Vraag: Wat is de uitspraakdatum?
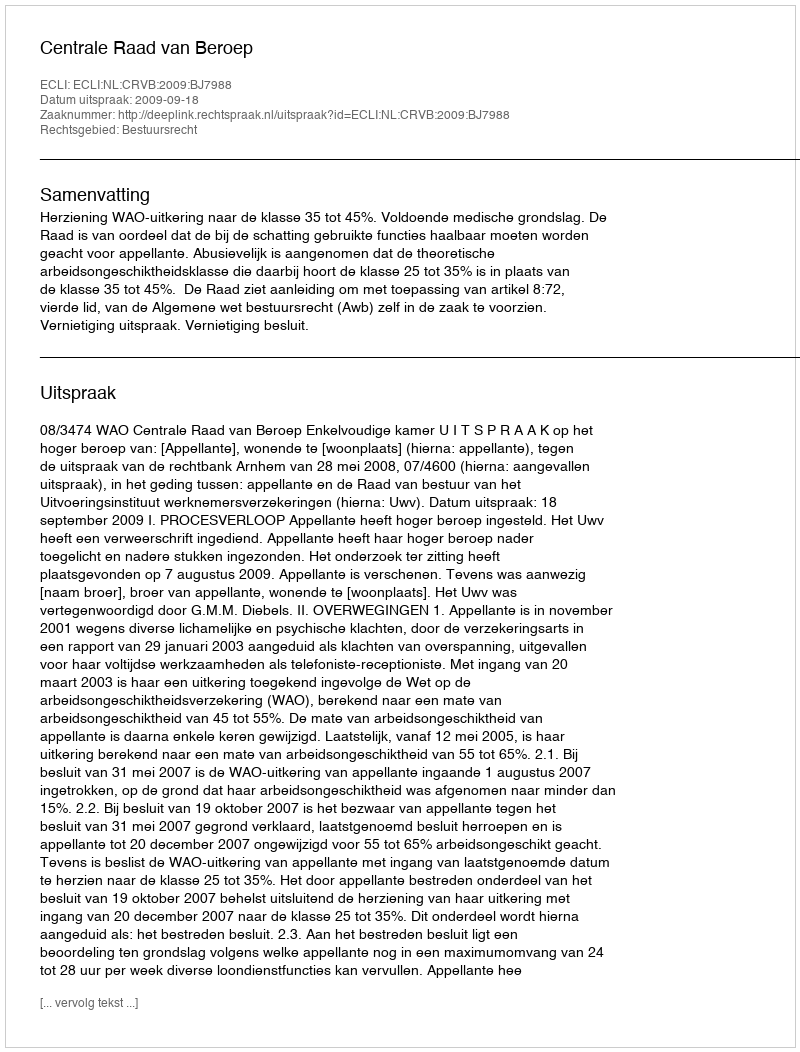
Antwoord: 2009-09-18